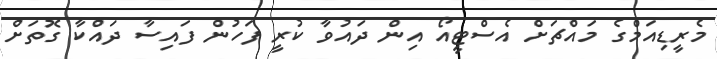
މެރީޑިއަމްގެ މައްޗަށް އެސްޓީއޯ އިން ދައުވާ ކުރީ ފަހުން ފައިސާ ދައްކާ ގޮތަށް